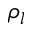
\rho _ { l }